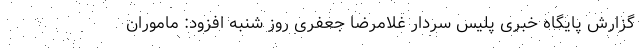
گزارش پایگاه خبری پلیس سردار غلامرضا جعفری روز شنبه افزود: ماموران